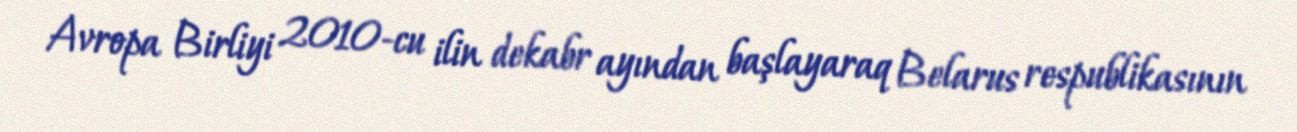
Avropa Birliyi 2010-cu ilin dekabr ayından başlayaraq Belarus respublikasının